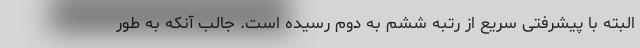
البته با پیشرفتی سریع از رتبه ششم به دوم رسیده است. جالب آنکه به طور